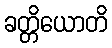
ခတ္တိယောတိ